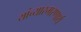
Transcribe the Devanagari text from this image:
यांच्यास्मरणार्थ